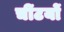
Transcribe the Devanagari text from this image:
चींटयों